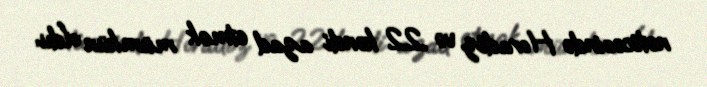
nəticəsində Horadiz və 22 kəndi azad etmək mümkün oldu.